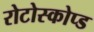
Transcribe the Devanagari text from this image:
रोटोस्कोप्ड